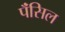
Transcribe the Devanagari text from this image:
पॅंसिल